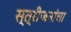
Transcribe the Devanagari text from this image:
स्त्रीजनांचा